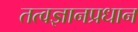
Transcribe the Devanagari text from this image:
तत्वज्ञानप्रधान